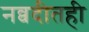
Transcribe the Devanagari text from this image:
नव्वदीतही